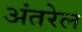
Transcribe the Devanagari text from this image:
अंतरेल